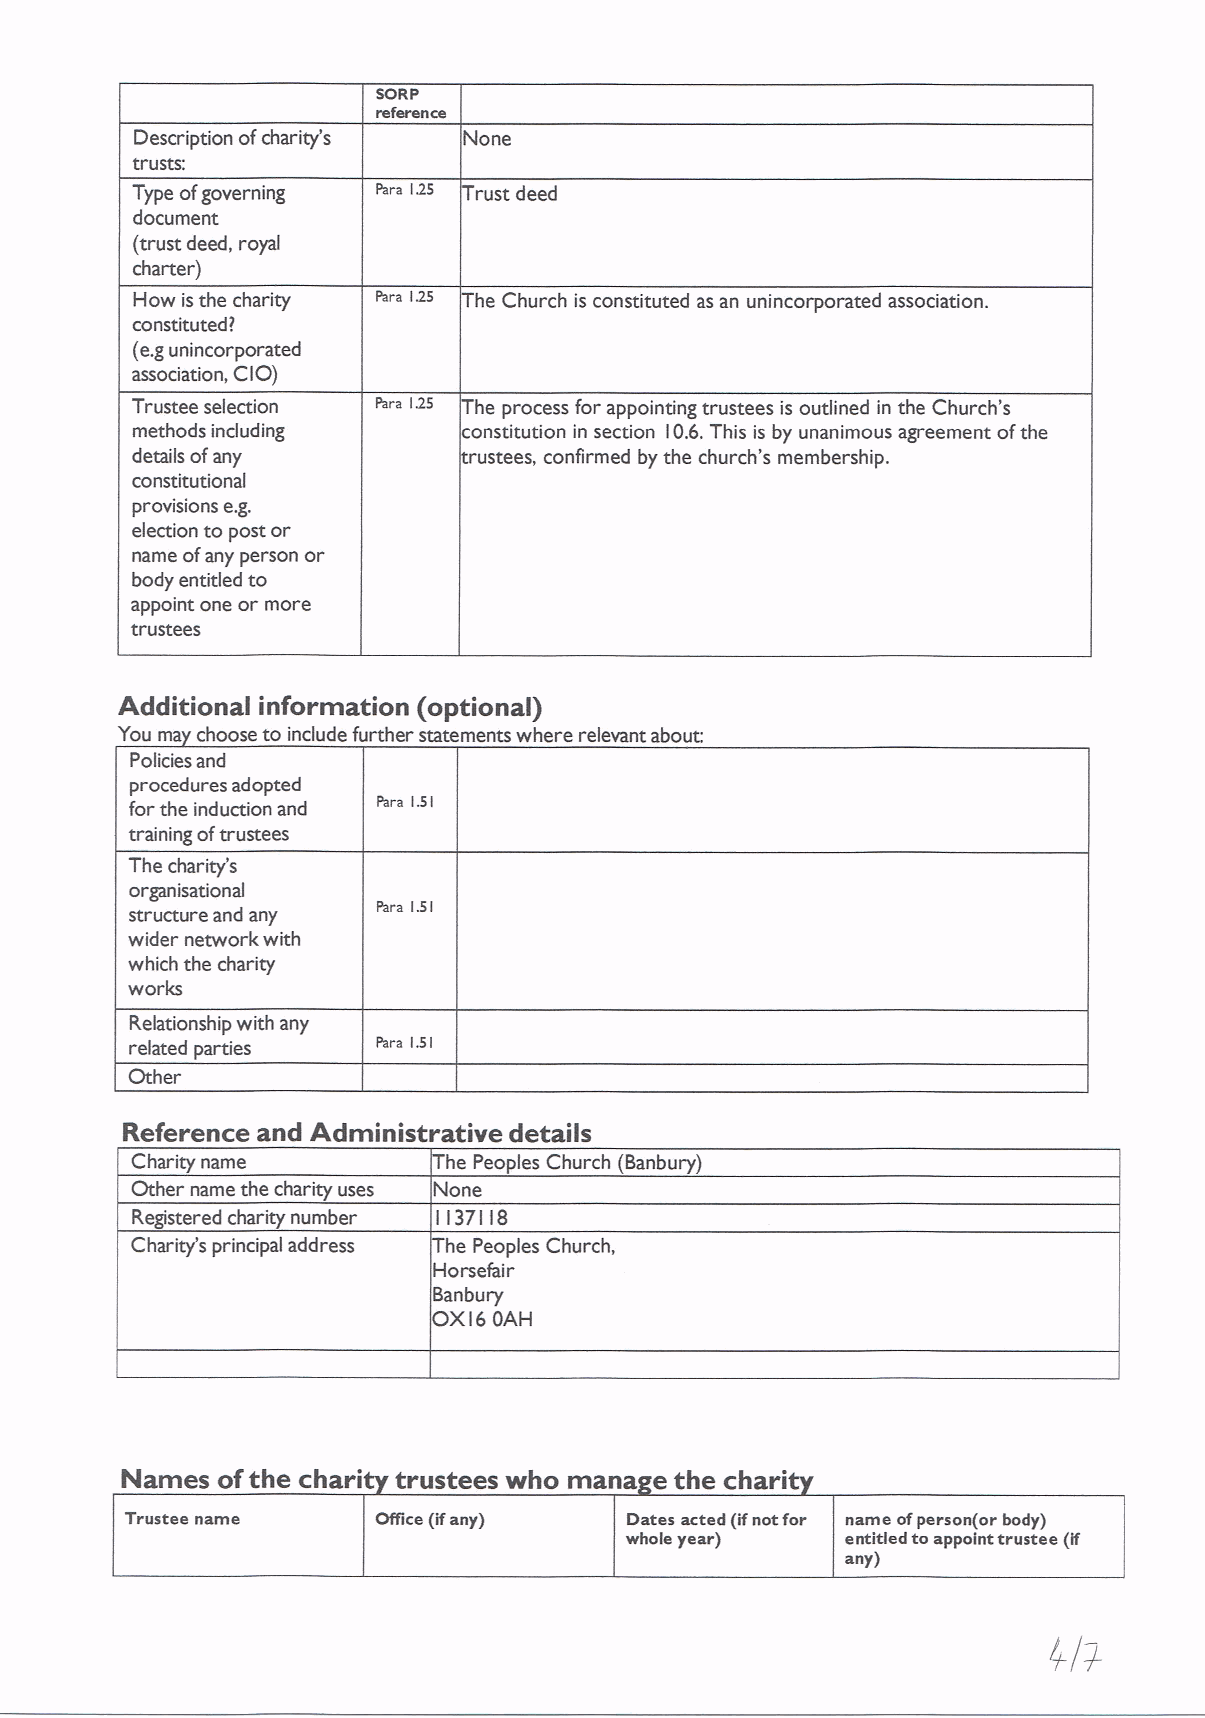
soRp
 reference
 Description ofcharity's None
 trusts:
 Type ofgoverning Para 125 rust deed
 document
 (trust deed, royal
 charter)
 How isthe charity Para 125 he Church is constituted as an unincorporated association.
 constituted&
 (e. gunincorporated
 association, CIO)
 Trustee selection Para 125 he process for appointing trustees is outlined in the Church's
 methods including     constitution in section I0.6.This is by unanimous agreement ofthe
 details ofany          ustees, confirmed by the church's membership.
 constitutional
 provisions e.g.
 election to post or
 name ofany person or
 body entitled to
 appoint one or more
 trustees
 Additional information (optional)
 You ma choose to include further statements where relevant about:
 Policies and
 procedures adopted
 for the induction and Para 1.51
 training oftrustees
 The charity's
 organisational
 5
 structure and any Para I I
 wider network with
 which the charity
 works
 Relationship with any
 related parties Para 1.51
 Other
 Reference and Administrative details
 Charity name        he Peoples Church (Banbury)
 Other name the charity uses None
 Registered charity number II37IIS
 Charity's principal address he Peoples Church,
 Horsefair
 Banbury
 OX I6OAH
 Names ofthe chari trustees who mana e the chari
 Trustee name     Office (ifany)  Dates acted (ifnot for name ofperson(or body)
 whole year)    entitled to appoint trustee (if
 any)